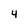
Character: 4